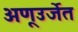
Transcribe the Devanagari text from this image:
अणूउर्जेत